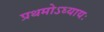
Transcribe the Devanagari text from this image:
प्रथमोऽध्यायः